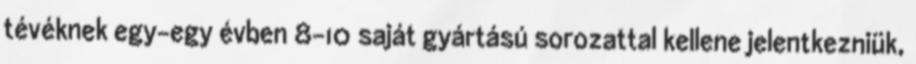
tévéknek egy-egy évben 8-10 saját gyártású sorozattal kellene jelentkezniük,